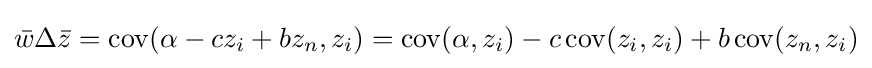
{\bar {w}}\Delta {\bar {z}}=\operatorname {cov} (\alpha -cz_{i}+bz_{n},z_{i})=\operatorname {cov} (\alpha ,z_{i})-c\operatorname {cov} (z_{i},z_{i})+b\operatorname {cov} (z_{n},z_{i})